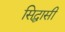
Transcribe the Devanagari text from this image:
सिद्धासी